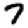
Digit: 7